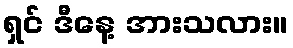
ရှင် ဒီနေ့ အားသလား။